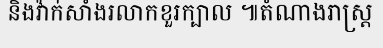
និងវ៉ាក់សាំងរលាកខួរក្បាល ៕តំណាងរាស្ត្រ